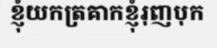
ខ្ញុំយកត្រគាកខ្ញុំរុញបុក